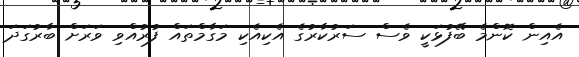
އެއިން ކޮންމެ ބޭފުޅަކީ ވެސް ސަރުކާރުގެ އެކިއެކި މަގާމްތައް ފުރުއްވި ވަރަށް ބާރުގަދަ